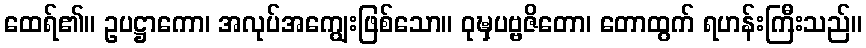
ထေရ်၏။ ဥပဋ္ဌာကော၊ အလုပ်အကျွေးဖြစ်သော။ ဝုဍ္ဎှပဗ္ဗဇိတော၊ တောထွက် ရဟန်းကြီးသည်။